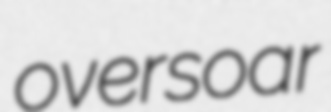
oversoar